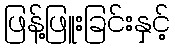
ဖြန့်ဖြူးခြင်းနှင့်